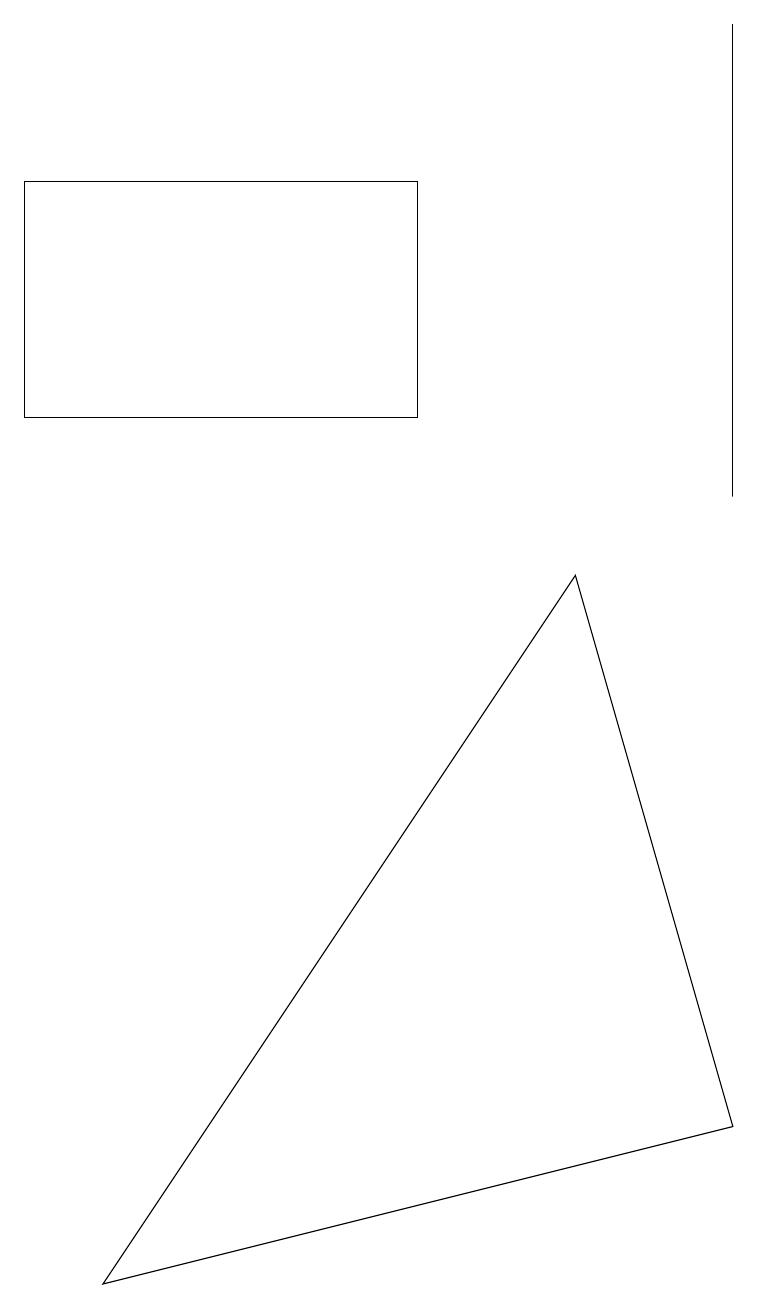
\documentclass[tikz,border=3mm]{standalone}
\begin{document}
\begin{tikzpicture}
\draw (9,10) rectangle (9,16);
\draw (9,2) -- (1,0) -- (7,9) -- cycle;
\draw (5,14) rectangle (0,11);
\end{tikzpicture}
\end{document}